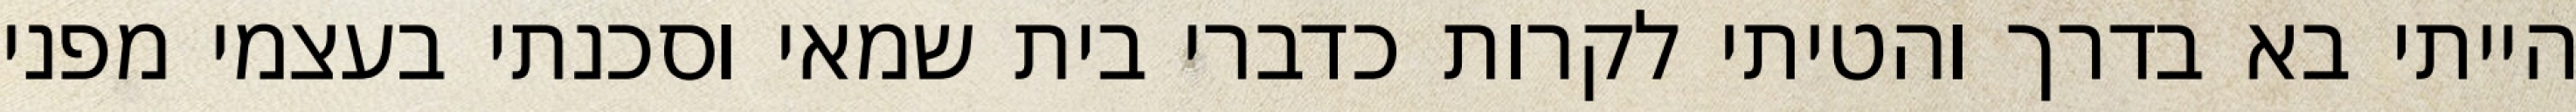
הייתי בא בדרך והטיתי לקרות כדברי בית שמאי וסכנתי בעצמי מפני